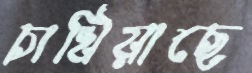
চাখিয়াছে